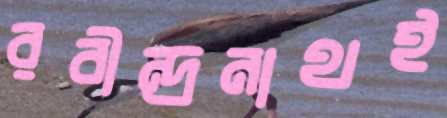
রবীন্দ্রনাথই